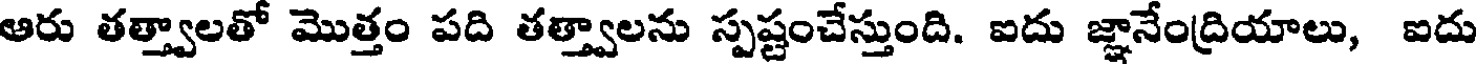
ఆరు తత్త్వాలతో మొత్తం పది తత్త్వాలను స్పష్టంచేస్తుంది. ఐదు జ్ఞానేంద్రియాలు, ఐదు